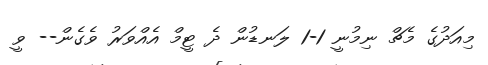
މިއަދުގެ މެޗް ނިމުނީ 1-1 ލަނޑުން ދެ ޓީމް އެއްވަރު ވެގެން-- ވީ